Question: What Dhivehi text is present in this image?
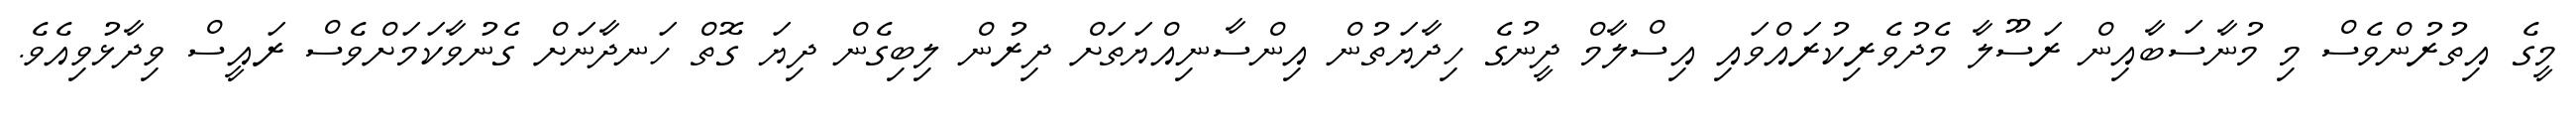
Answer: މީގެ އިތުރުންވެސް މި މުނާސަބާއިން ރަސޫލާ މެދުވެރިކުރައްވައި އިސްލާމް ދީނުގެ ހިދާޔަތުން އިންސާނިއްޔަތަށް ދިރުން ލިބިގެން ދިޔަ ގޮތް ހަނދާނަށް ގެނުވާކަމަށްވެސް ރައީސް ވިދާޅުވިއެވެ.